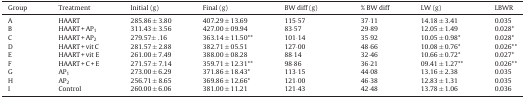
<table><thead><tr><td><b>Group</b></td><td><b>Treatment</b></td><td><b>Initial (g)</b></td><td><b>Final (g)</b></td><td><b>BW diff (g)</b></td><td><b>% BW diff</b></td><td><b>LW (g)</b></td><td><b>LBWR</b></td></tr></thead><tbody><tr><td>A</td><td>HAART</td><td>285.86 ± 3.80</td><td>407.29 ± 13.69</td><td>115·57</td><td>37·11</td><td>14.18 ± 3.41</td><td>0.035</td></tr><tr><td>B</td><td>HAART + AP<sub>1</sub></td><td>311.43 ± 3.56</td><td>427.00 ± 09.94</td><td>83·57</td><td>29·89</td><td>12.05 ± 1.49</td><td>0.028*</td></tr><tr><td>C</td><td>HAART + AP<sub>2</sub></td><td>279.57± .16</td><td>363.14 ± 11.50**</td><td>101·14</td><td>35·92</td><td>10.05 ± 0.98*</td><td>0.028*</td></tr><tr><td>D</td><td>HAART + vit C</td><td>281.57 ± 2.88</td><td>382.71 ± 05.51</td><td>127·00</td><td>48·66</td><td>10.08 ± 0.76*</td><td>0.026**</td></tr><tr><td>E</td><td>HAART + vit E</td><td>261.00 ± 7.49</td><td>388.00 ± 08.28</td><td>88·14</td><td>32·46</td><td>10.66 ± 0.72*</td><td>0.027*</td></tr><tr><td>F</td><td>HAART + C + E</td><td>271.57 ± 7.14</td><td>359.71 ± 12.31**</td><td>98·86</td><td>36·21</td><td>09.41 ± 1.27**</td><td>0.026**</td></tr><tr><td>G</td><td>AP<sub>1</sub></td><td>273.00 ± 6.29</td><td>371.86 ± 18.43*</td><td>113·15</td><td>44·08</td><td>13.16 ± 2.38</td><td>0.035</td></tr><tr><td>H</td><td>AP<sub>2</sub></td><td>256.71 ± 8.65</td><td>369.86 ± 12.66*</td><td>121·00</td><td>46·38</td><td>12.83 ± 1.31</td><td>0.035</td></tr><tr><td>I</td><td>Control</td><td>260.00 ± 6.06</td><td>381.00 ± 11.21</td><td>121·43</td><td>42·48</td><td>13.78 ± 1.06</td><td>0.036</td></tr></tbody></table>